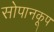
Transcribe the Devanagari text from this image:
सोपानकूप